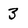
Character: 3